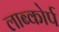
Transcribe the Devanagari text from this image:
लाब्कोर्प